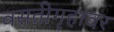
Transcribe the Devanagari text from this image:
वसतीगृहावर